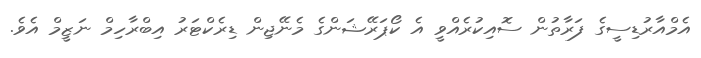
އެމްއާރުޑިސީގެ ފަރާތުން ސޮއިކުރެއްވީ އެ ކޯޕަރޭޝަންގެ މެނޭޖިން ޑިރެކްޓަރު އިބްރާހިމް ނަޒީމް އެވެ.